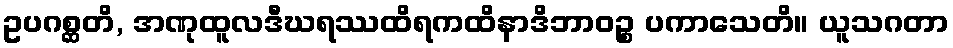
ဥပဂစ္ဆတိ, အဏုထူလဒီဃရဿထိရကထိနာဒိဘာဝဉ္စ ပကာသေတိ။ ယူသဂတာ